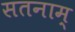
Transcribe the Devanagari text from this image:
सतनाम्